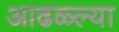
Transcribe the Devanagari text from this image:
आढळ्ल्या